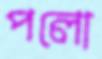
পলো